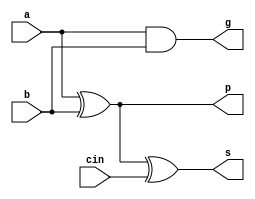
module cla_fa (
  input a,
  input b,
  input cin,
  output s,
  output p,
  output g
);

 assign s = a^b^cin;
 assign p = a^b;
 assign g = a&b;

endmodule